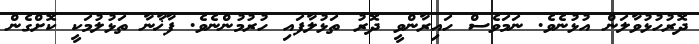
ދޮރުހުޅުވާލަން އުޅުނެވެ. ނަމަވެސް ހައިރާންވީ ދޮރު ތަޅުލާފައި ހުރުމުންނެވެ. ފާޚާނާ ތަޅުލުމަކީ ކޮށްގެން